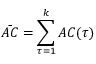
\Bar { A C } = \sum _ { \tau = 1 } ^ { k } A C ( \tau )